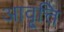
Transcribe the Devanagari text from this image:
आवृ्त्ति